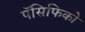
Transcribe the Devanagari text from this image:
पॅसिफिको